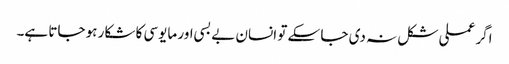
اگر عملی شکل نہ دی جا سکے تو انسان بے بسی اور مایوسی کا شکار ہو جاتا ہے۔